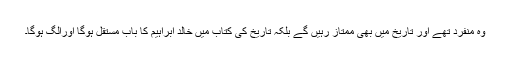
وہ منفرد تھے اور تاریخ میں بھی ممتاز رہیں گے بلکہ تاریخ کی کتاب میں خالد ابراہیم کا باب مستقل ہوگا اورالگ ہوگا۔